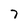
Character: 7